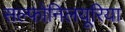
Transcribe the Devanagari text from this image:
सल्फोनिलयूरिया